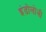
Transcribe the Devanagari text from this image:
इंडोलोजी